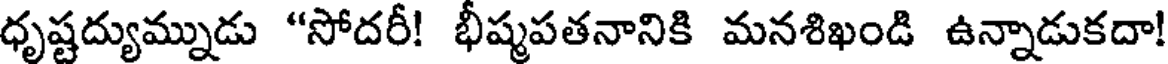
ధృష్టద్యుమ్నుడు "సోదరీ! భీష్మపతనానికి మనశిఖండి ఉన్నాడుకదా!